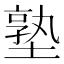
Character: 塾